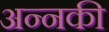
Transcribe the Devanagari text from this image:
अन्नकी